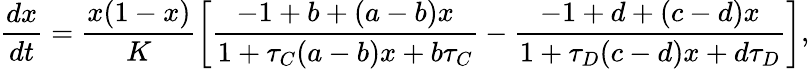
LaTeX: \frac{dx}{dt}=\frac{x(1-x)}{K}\left[\frac{-1+b+(a-b)x}{1+\tau_{C}(a-b)x+b\tau_{C}}-\frac{-1+d+(c-d)x}{1+\tau_{D}(c-d)x+d\tau_{D}}\right],